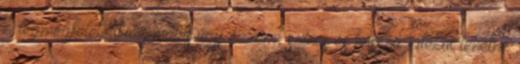
a legmegfelelőbbek, mégis.úgy érzem, színes és hosszú játékot lehetne